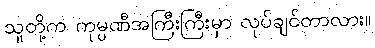
သူတို့က ကုမ္ပဏီအကြီးကြီးမှာ လုပ်ချင်တာလား။